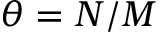
\theta = N / M